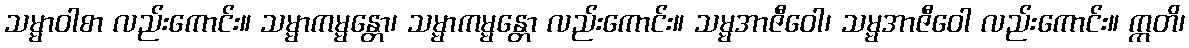
သမ္မာဝါစာ လည်းကောင်း။ သမ္မာကမ္မန္တော၊ သမ္မာကမ္မန္တော လည်းကောင်း။ သမ္မအာဇီဝေါ၊ သမ္မအာဇီဝေါ လည်းကောင်း။ ဣတိ၊